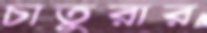
চাতুরার